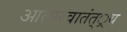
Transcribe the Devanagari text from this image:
आत्मस्वातंत््रय